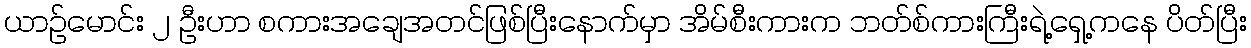
ယာဉ်မောင်း ၂ ဦးဟာ စကားအချေအတင်ဖြစ်ပြီးနောက်မှာ အိမ်စီးကားက ဘတ်စ်ကားကြီးရဲ့ရှေ့ကနေ ပိတ်ပြီး